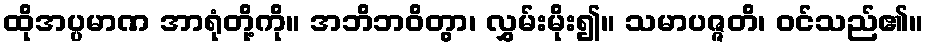
ထိုအပ္ပမာဏ အာရုံတို့ကို။ အဘိဘဝိတွာ၊ လွှမ်းမိုး၍။ သမာပဇ္ဇတိ၊ ဝင်သည်၏။